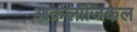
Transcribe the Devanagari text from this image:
आर्कलॉजिकल